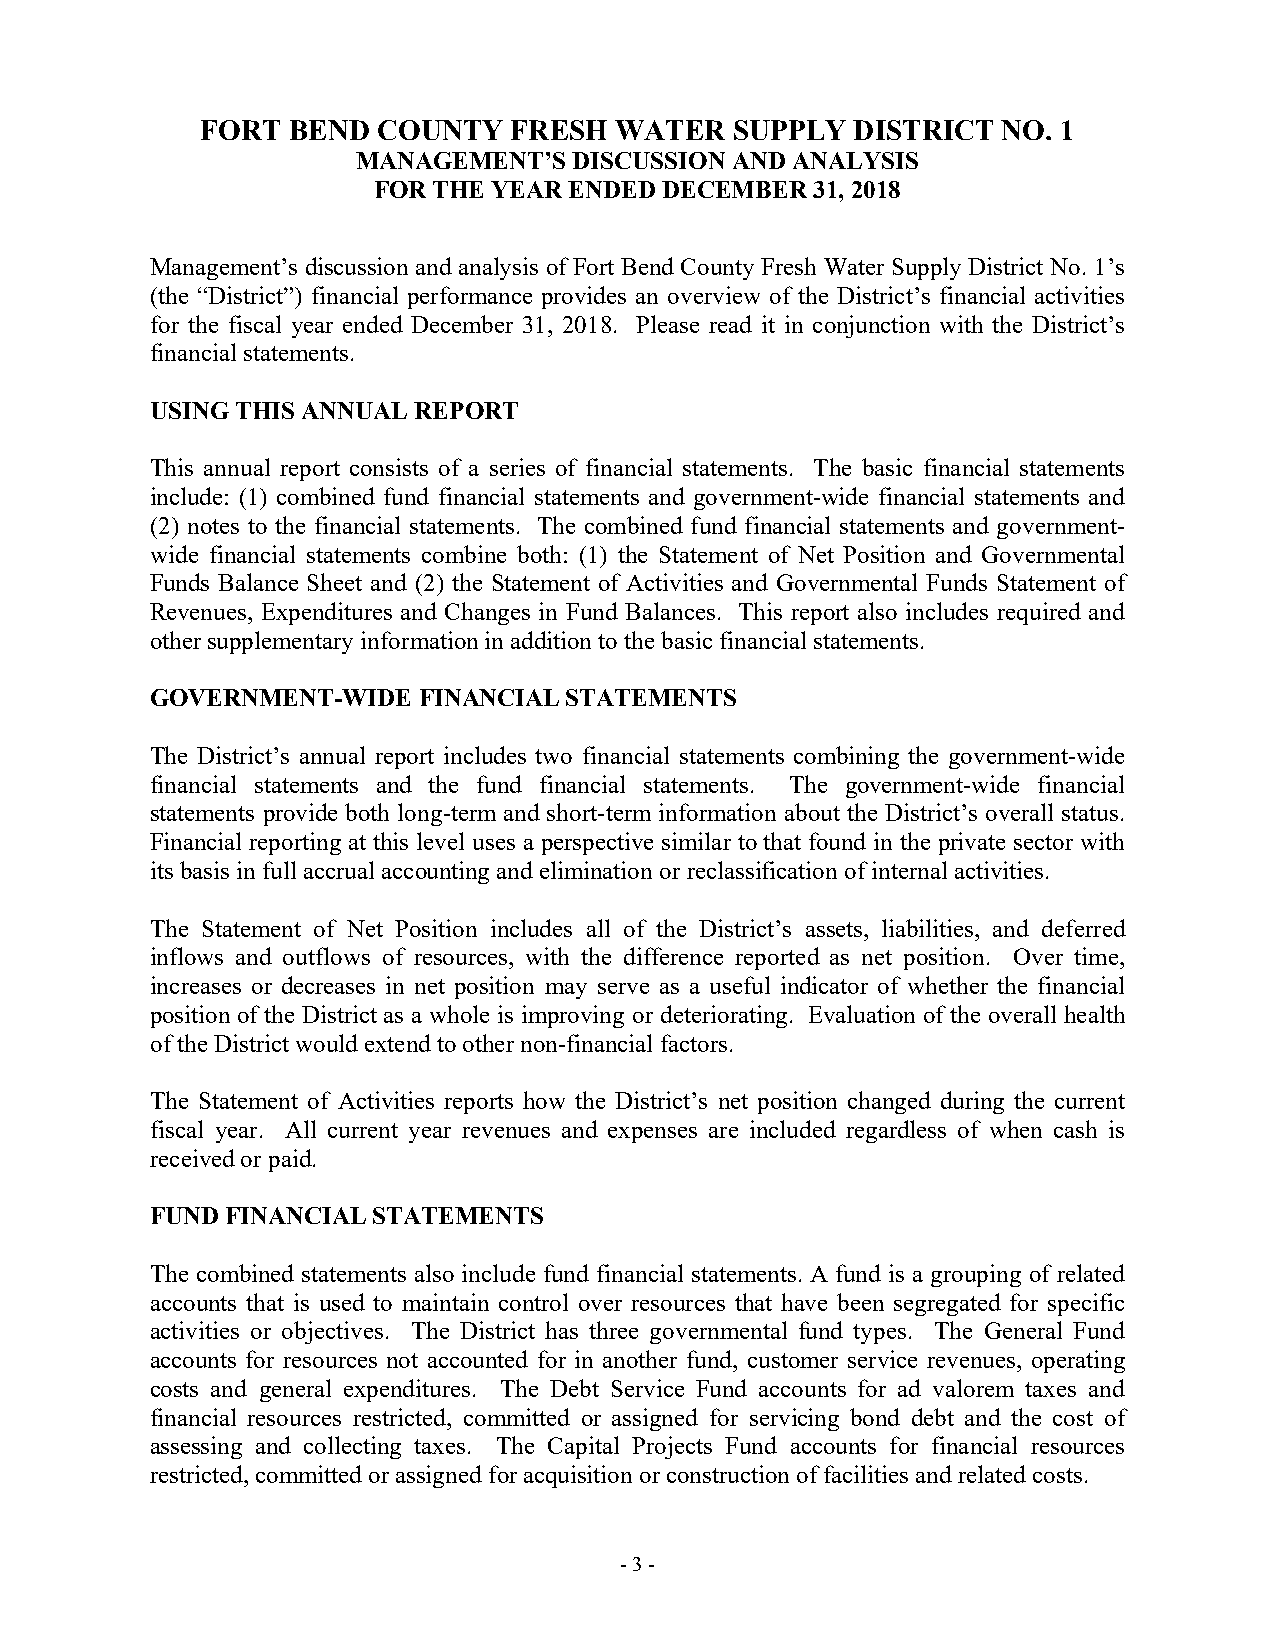
FORT  BEND  COUNTY   FRESH  WATER   SUPPLY  DISTRICT NO. 1
 MANAGEMENT’S  DISCUSSION AND ANALYSIS
 FOR THE YEAR ENDED DECEMBER  31, 2018
 Management’s discussion and analysis of Fort Bend County Fresh Water Supply District No. 1’s
 (the “District”) financial performance provides an overview of the District’s financial activities
 for the fiscal year ended December 31, 2018. Please read it in conjunction with the District’s
 financial statements.
 USING THIS ANNUAL REPORT
 This annual report consists of a series of financial statements. The basic financial statements
 include: (1) combined fund financial statements and government-wide financial statements and
 (2) notes to the financial statements. The combined fund financial statements and government-
 wide financial statements combine both: (1) the Statement of Net Position and Governmental
 Funds Balance Sheet and (2) the Statement of Activities and Governmental Funds Statement of
 Revenues, Expenditures and Changes in Fund Balances. This report also includes required and
 other supplementary information in addition to the basic financial statements.
 GOVERNMENT-WIDE   FINANCIAL STATEMENTS
 The District’s annual report includes two financial statements combining the government-wide
 financial statements and the fund financial statements. The government-wide financial
 statements provide both long-term and short-term information about the District’s overall status.
 Financial reporting at this level uses a perspective similar to that found in the private sector with
 its basis in full accrual accounting and elimination or reclassification of internal activities.
 The Statement of Net Position includes all of the District’s assets, liabilities, and deferred
 inflows and outflows of resources, with the difference reported as net position. Over time,
 increases or decreases in net position may serve as a useful indicator of whether the financial
 position of the District as a whole is improving or deteriorating. Evaluation of the overall health
 of the District would extend to other non-financial factors.
 The Statement of Activities reports how the District’s net position changed during the current
 fiscal year. All current year revenues and expenses are included regardless of when cash is
 received or paid.
 FUND FINANCIAL STATEMENTS
 The combined statements also include fund financial statements. A fund is a grouping of related
 accounts that is used to maintain control over resources that have been segregated for specific
 activities or objectives. The District has three governmental fund types. The General Fund
 accounts for resources not accounted for in another fund, customer service revenues, operating
 costs and general expenditures. The Debt Service Fund accounts for ad valorem taxes and
 financial resources restricted, committed or assigned for servicing bond debt and the cost of
 assessing and collecting taxes. The Capital Projects Fund accounts for financial resources
 restricted, committed or assigned for acquisition or construction of facilities and related costs.
 - 3 -